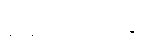
မောင်တောတွင်